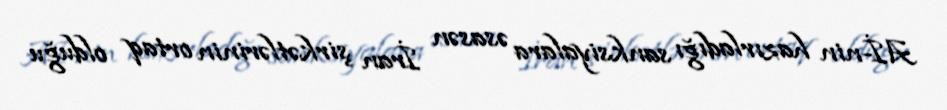
Aİ-nin hazırladığı sanksiyalara əsasən İran şirkətlərinin ortaq olduğu